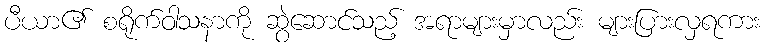
ပီယာ၏ စရိုက်ဝါသနာကို ဆွဲဆောင်သည့် အရာများမှာလည်း များပြားလှရကား